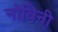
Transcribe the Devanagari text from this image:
नोविनी